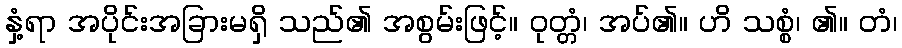
နှံ့ရာ အပိုင်းအခြားမရှိ သည်၏ အစွမ်းဖြင့်။ ဝုတ္တံ၊ အပ်၏။ ဟိ သစ္စံ၊ ၏။ တံ၊